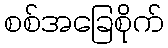
စစ်အခြေစိုက်